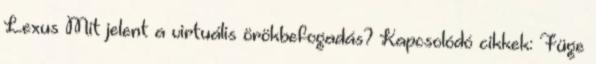
Lexus Mit jelent a virtuális örökbefogadás? Kapcsolódó cikkek: Füge